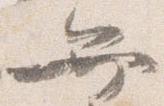
弁